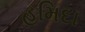
હમિદા